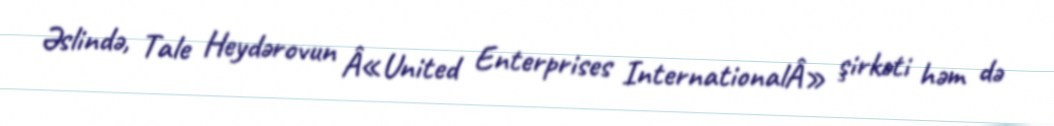
Əslində, Tale Heydərovun Â«United Enterprises InternationalÂ» şirkəti həm də